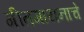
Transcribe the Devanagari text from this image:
गीतगायनाचे